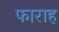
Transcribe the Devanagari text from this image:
फाराह